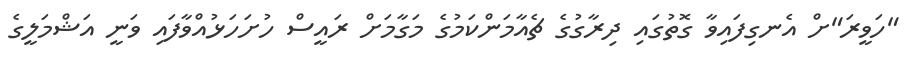
"ހަވީރަ"ށް އެނގިފައިވާ ގޮތުގައި ދިރާގުގެ ޗެއާމަންކަމުގެ މަގާމަށް ރައީސް ހުށަހަޅުއްވާފައި ވަނީ އަޝްމަލީގެ